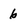
Character: 6